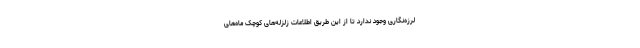
لرزه‌نگاری وجود ندارد تا از این طریق اطلاعات زلزله‌های کوچک ماه‌های